Document type: Sale
Year: 1423
Scribe: Joan Franc
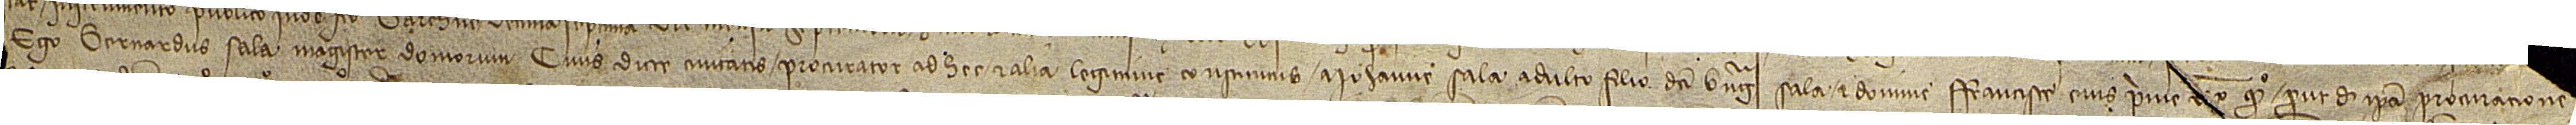
ego Bernardus Sala, magister domorum, civis dicte civitatis, procurator ad hec et alia legitime constitutus a Iohanne Sala, adulto, filio dicti Berengarii Sala et domine Francisce, eius prime [uxoris], quondam, prout de ipsa procuracione [plene constat instrumento publico inde facto Barchinone] [...], [ann]-